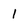
Character: 1